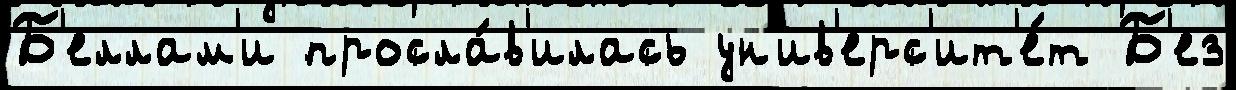
Б'еллам'и просла́в'илась ун'ив'ерс'ит'е́т Б'ез